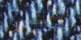
بإمكانكم